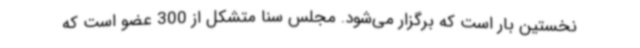
نخستین بار است که برگزار می‌شود. مجلس سنا متشکل از 300 عضو است که